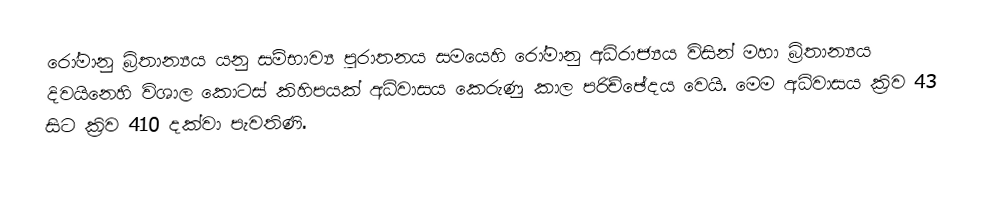
රෝමානු බ්‍රිතාන්‍යය යනු සම්භාව්‍ය පුරාතනය සමයෙහි රෝමානු අධිරාජ්‍යය විසින් මහා බ්‍රිතාන්‍යය දිවයිනෙහි විශාල කොටස් කිහිපයක් අධිවාසය කෙරුණු කාල පරිච්ඡේදය වෙයි. මෙම අධිවාසය  ක්‍රිව 43 සිට ක්‍රිව 410 දක්වා පැවතිණි.